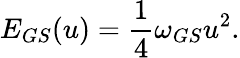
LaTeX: E_{GS}(u)=\frac{1}{4}\omega_{GS}u^{2}.